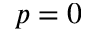
p = 0